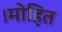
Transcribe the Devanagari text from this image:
।मोहित